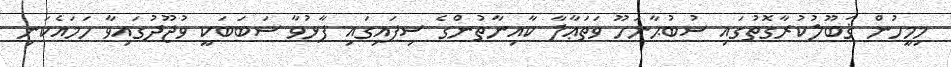
މިމީހުން ޤަބޫލުކުރާގޮތުގައި ސުބުޙާނަހޫ ވަތަޢާލާ ކާއިނާތުންގެ ސިފައިގައި ފާޅުވާ ސަބަބަކީ ވުޖޫދުގައިވާ ހަމައެކަނި